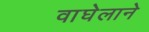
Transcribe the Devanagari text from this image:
वाघेलाने